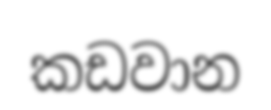
කඩවාන